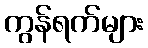
ကွန်ရက်များ